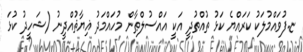
ޏ.ފުވައްމުލަކު ކަރައްޔެ ކަޅު ތުއްތުދީ އަކީ އައްސުލްޠާން މުހައްމަދު ޣިޔާޘުއްދީނު (ޝަހީދު ކުޅަ